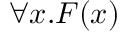
\forall x . F ( x )